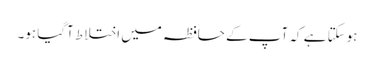
ہوسکتا ہے کہ آپ کے حافظہ میں اختلاط آگیا ہو۔